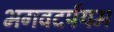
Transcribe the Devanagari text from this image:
भगवदर्पयम